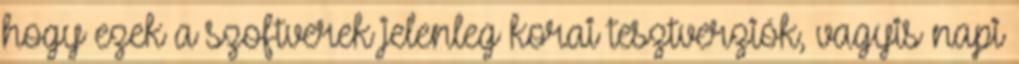
hogy ezek a szoftverek jelenleg korai tesztverziók, vagyis napi